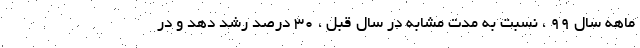
ماهه سال ۹۹ ، نسبت به مدت مشابه در سال قبل ، ۳۰ درصد رشد دهد و در